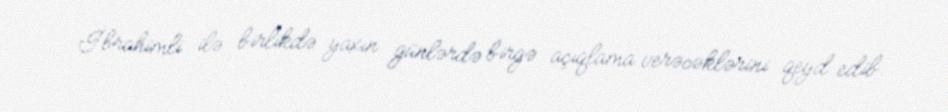
İbrahimli ilə birlikdə yaxın günlərdə birgə açıqlama verəcəklərini qeyd edib.